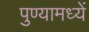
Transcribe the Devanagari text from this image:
पुण्यामध्यें